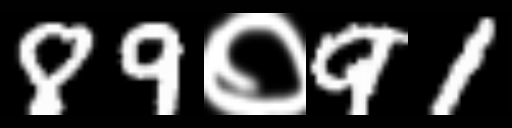
Text: 89०91